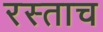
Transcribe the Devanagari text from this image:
रस्ताच